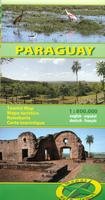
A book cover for Paraguay Naturismo: MNAT.065; Klaus Wiesner; Travel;